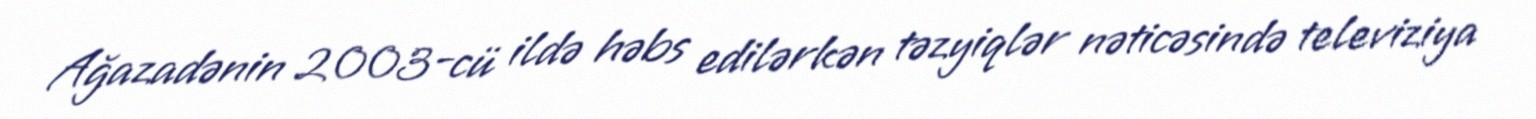
Ağazadənin 2003-cü ildə həbs edilərkən təzyiqlər nəticəsində televiziya